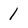
Character: 1